画像に写った文字を読んでください
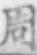
「周」と書いてあります